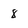
Character: 8